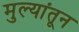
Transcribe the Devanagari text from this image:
मुल्यांतून